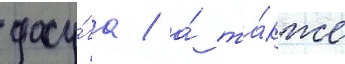
досу́га / а́ та́кже